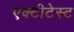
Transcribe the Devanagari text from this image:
एक्टीटेस्ट